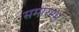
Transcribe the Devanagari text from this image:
समारम्भ